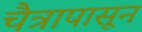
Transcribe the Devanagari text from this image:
चैत्रापासून